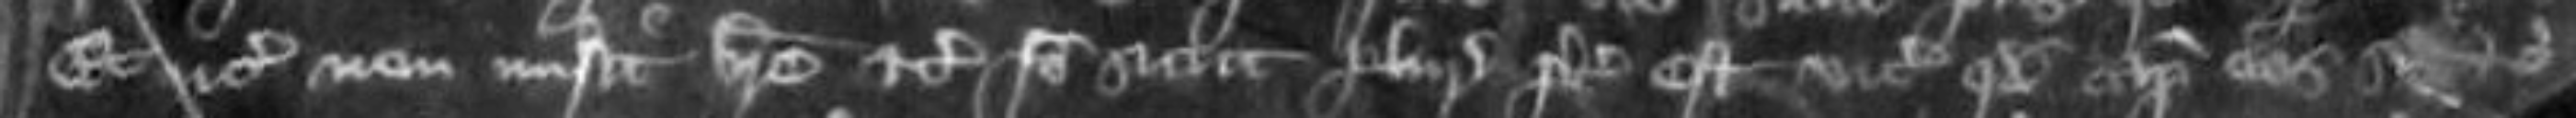
et vicecomes non misit breve etc Ideo sicut pluries preceptum est vicecomiti quod capiat eos si etc